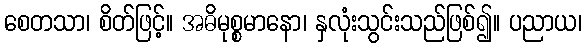
စေတသာ၊ စိတ်ဖြင့်။ အဓိမုစ္စမာနော၊ နှလုံးသွင်းသည်ဖြစ်၍။ ပညာယ၊